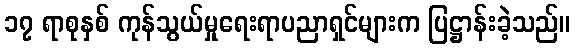
၁၇ ရာစုနှစ် ကုန်သွယ်မှုရေးရာပညာရှင်များက ပြဋ္ဌာန်းခဲ့သည်။